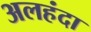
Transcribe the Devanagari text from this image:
अलहंदा